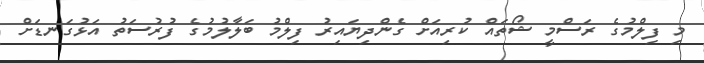
މި ފިލްމުގެ ރަސްމީ ޝޯތައް ކުރިއަށް ގެންދިޔައިރު ފިލްމު ބަލާލުމުގެ ފުރުސަތު އަޅުގަނޑަށް